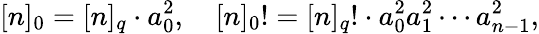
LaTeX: [n]_{0}=[n]_{q}\cdot a_{0}^{2},\quad[n]_{0}!=[n]_{q}!\cdot a_{0}^{2}a_{1}^{2}\cdots a_{n-1}^{2},